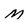
Character: M